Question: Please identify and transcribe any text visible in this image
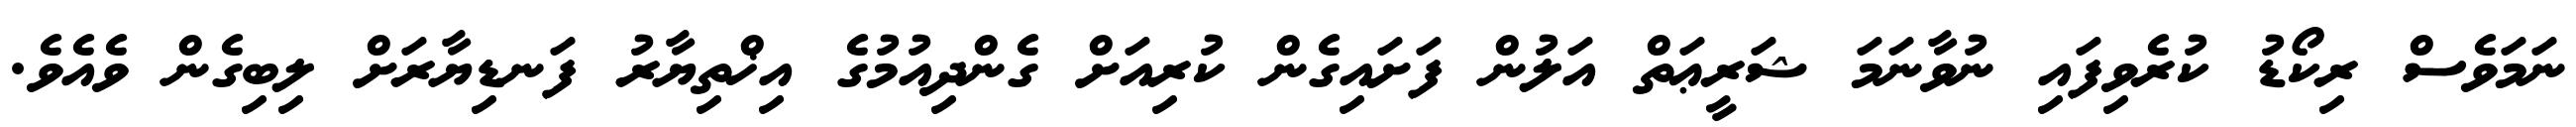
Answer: ނަމަވެސް ރިކޯޑު ކުރެވިފައި ނުވާނަމަ ޝަރީޢަތް އަލުން ފަށައިގެން ކުރިއަށް ގެންދިއުމުގެ އިޚްތިޔާރު ފަނޑިޔާރަށް ލިބިގެން ވެއެވެ.